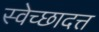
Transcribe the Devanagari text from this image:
स्वेच्छादत्त